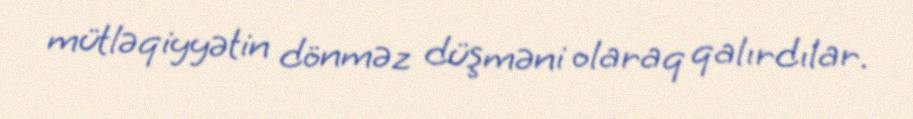
mütləqiyyətin dönməz düşməni olaraq qalırdılar.